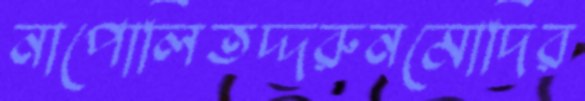
নাপোলিতদ্দরুনমোদির